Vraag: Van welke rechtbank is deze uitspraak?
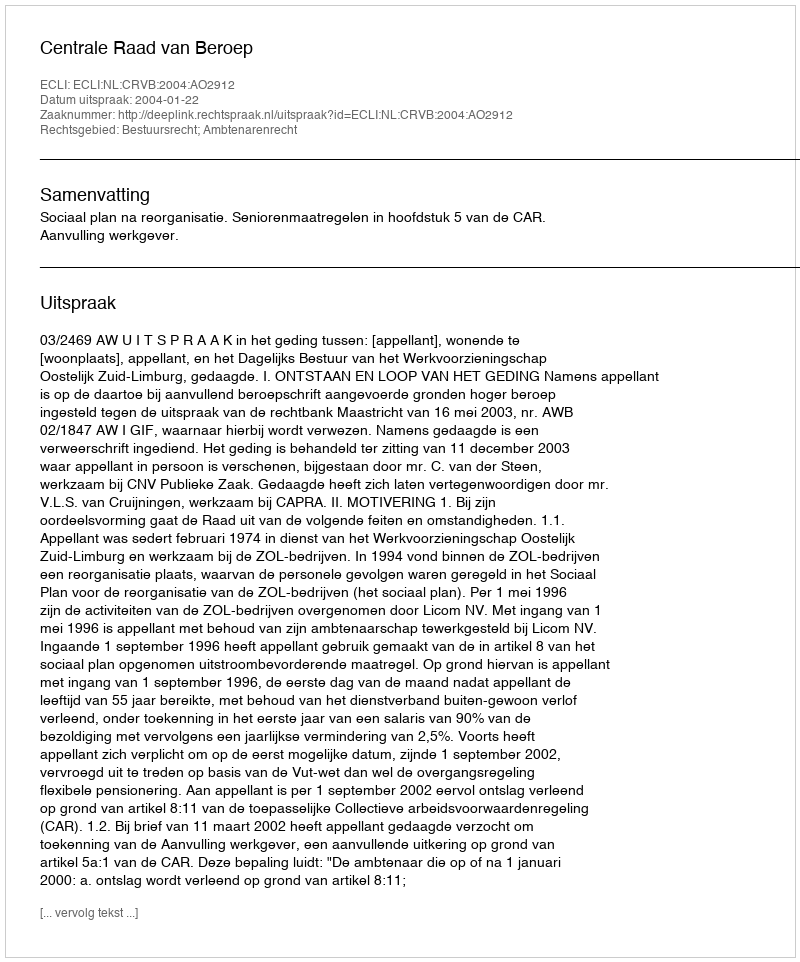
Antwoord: Centrale Raad van Beroep